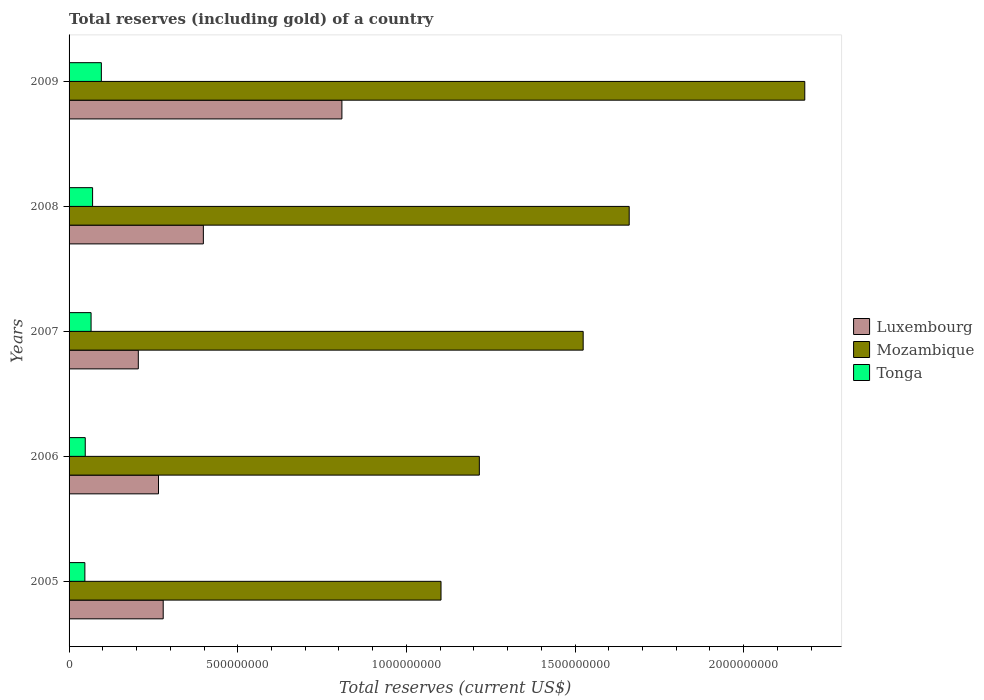
| Years | Luxembourg | Mozambique | Tonga |
 | --- | --- | --- | --- |
 | 2005 | 2.79e+08 | 1.1e+09 | 4.69e+07 |
 | 2006 | 2.65e+08 | 1.22e+09 | 4.8e+07 |
 | 2007 | 2.05e+08 | 1.52e+09 | 6.52e+07 |
 | 2008 | 3.98e+08 | 1.66e+09 | 6.98e+07 |
 | 2009 | 8.09e+08 | 2.18e+09 | 9.57e+07 |